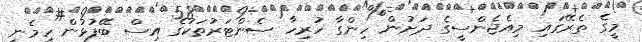
މީގެ ތެރޭގައި މިއެޖެންސީގެ ދަށުން ހިންގާ ހުރިހާ ސެންޓަރުތަކުގެ އިސް ބޭފުޅުން ހިމެނި